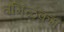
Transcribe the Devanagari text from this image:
तमिऴकम